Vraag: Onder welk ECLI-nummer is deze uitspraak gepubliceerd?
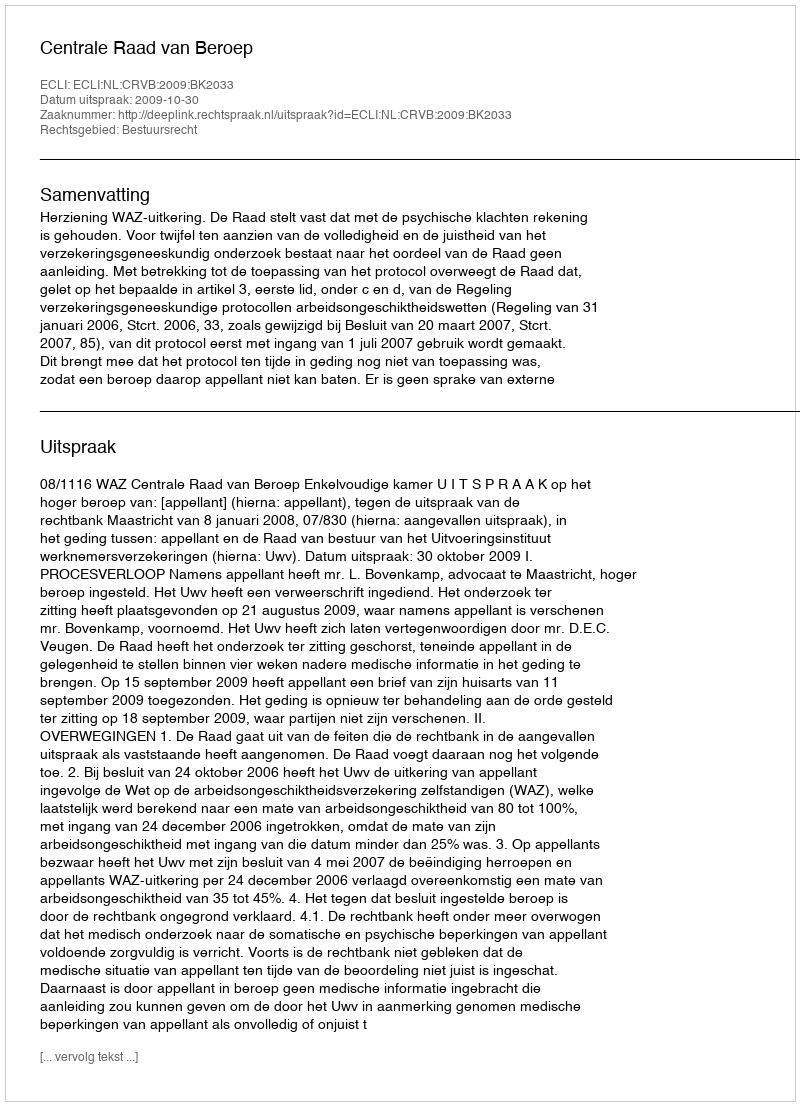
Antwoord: ECLI:NL:CRVB:2009:BK2033